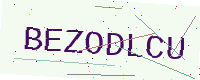
Text: BEZODLCU